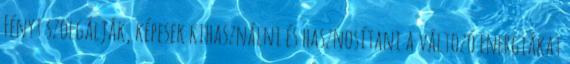
Fényt szolgálják, képesek kihasználni és hasznosítani a változó energiákat